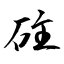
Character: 砫